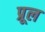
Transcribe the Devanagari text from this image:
प्रूल